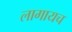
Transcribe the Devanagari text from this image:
लागायच